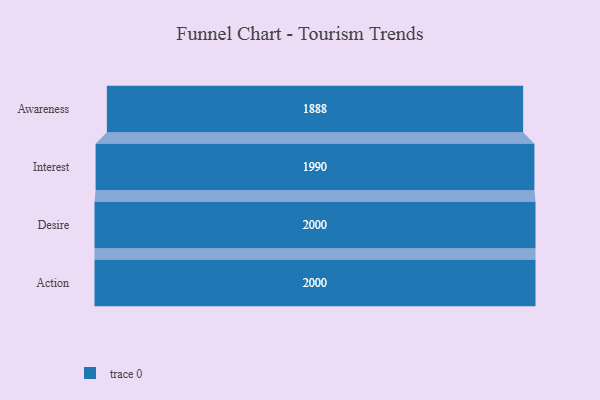
{"axis": {"x": "Stage", "y": "Value"}, "legend": [""], "data": [{"x": "Awareness", "y": 1888.0, "type": ""}, {"x": "Interest", "y": 1990.0, "type": ""}, {"x": "Desire", "y": 2000, "type": ""}, {"x": "Action", "y": 2000, "type": ""}]}